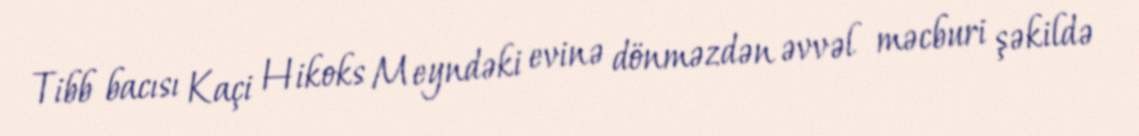
Tibb bacısı Kaçi Hikoks Meyndəki evinə dönməzdən əvvəl məcburi şəkildə